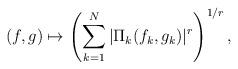
LaTeX: \begin{align*}(f, g) \mapsto \left( \sum_{k=1}^N |\Pi_k(f_k, g_k)|^r \right)^{1/r},\end{align*}